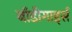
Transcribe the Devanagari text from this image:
बाॅडीगार्ड्स